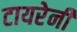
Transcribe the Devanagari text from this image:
टायरेनी